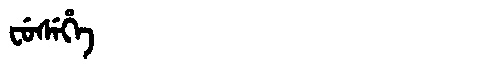
Manchu: ᠸᡠᠰᡝᡥᡝ
Romanization: FUSEHE